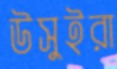
উসুইরা